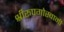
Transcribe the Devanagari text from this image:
श्रीरूपगोस्वामी